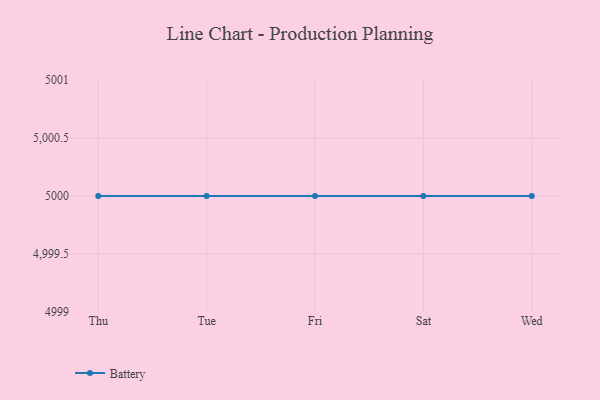
{"axis": {"x": "Day", "y": "Net Income (USD K)"}, "legend": ["Battery"], "data": [{"x": "Thu", "y": 5000, "type": "Battery"}, {"x": "Tue", "y": 5000, "type": "Battery"}, {"x": "Fri", "y": 5000, "type": "Battery"}, {"x": "Sat", "y": 5000, "type": "Battery"}, {"x": "Wed", "y": 5000, "type": "Battery"}]}